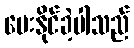
ပေးနိုင်ခဲ့ပါသည်